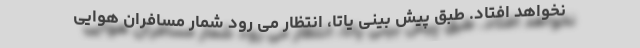
نخواهد افتاد. طبق پیش بینی یاتا، انتظار می رود شمار مسافران هوایی